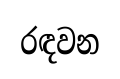
රඳවන